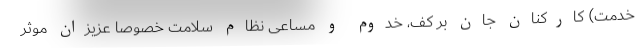
خدمت) کارکنان جان بر کف، خدوم و مساعی نظام سلامت خصوصا عزیزان موثر